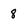
Character: 8